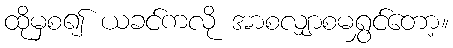
ထိုမှစ၍ ယခင်ကလို အာစလျှာစမရွှင်တော့။